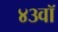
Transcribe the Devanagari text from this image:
४३वॉ